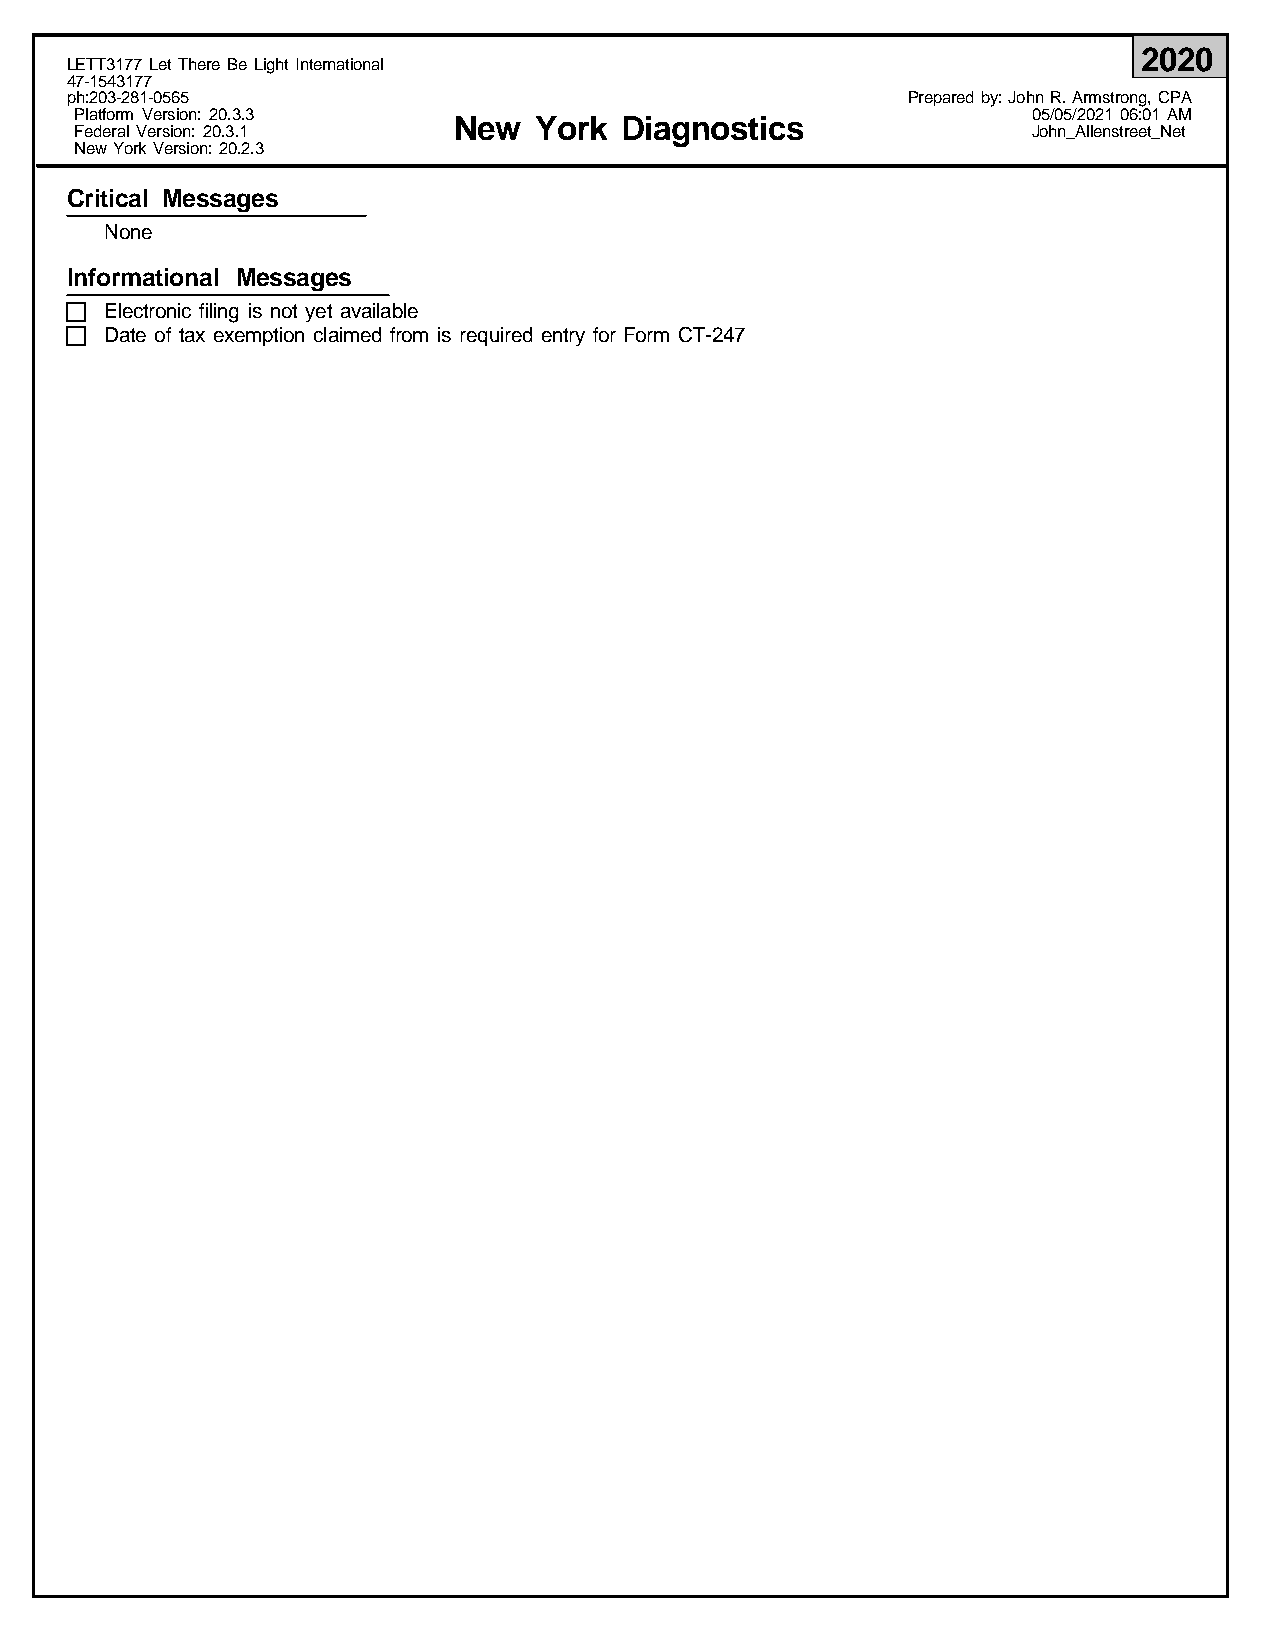
2020
 LETT3177 Let There Be Light International
 47-1543177
 ph:203-281-0565                                         Prepared by: John R. Armstrong, CPA
 Platform Version: 20.3.3                                       05/05/2021 06:01 AM
 New  York  Diagnostics
 Federal Version: 20.3.1                                        John_Allenstreet_Net
 New York Version: 20.2.3
 Critical Messages
 None
 Informational Messages
 Electronic filing is not yet available
 Date of tax exemption claimed from is required entry for Form CT-247